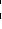
552